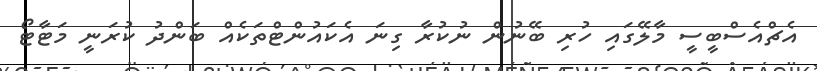
އެޗްއެސްބީސީ މާލޭގައި ހުރި ބޭނުން ނުކުރާ ގިނަ އެކައުންޓްތަކެއް ބަންދު ކުރަނީ މަޓާޓޯ